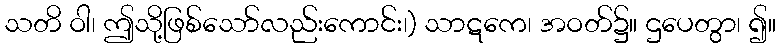
သတိ ဝါ၊ ဤသို့ဖြစ်သော်လည်းကောင်း၊) သာဋကေ၊ အဝတ်၌။ ဌပေတွာ၊ ၍။